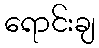
ရောင်းချ